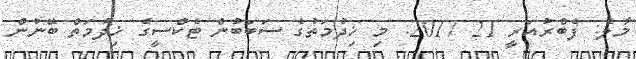
މާލެ: ފެެބްރުއަރީ 21 2017: މި ޚިދުމަތުގެ ސަބަބުން ޓެކްސީގެ ޚިދުމަތް ބޭނުން